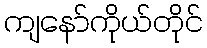
ကျနော်ကိုယ်တိုင်